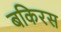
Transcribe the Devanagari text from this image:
बकिरस